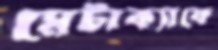
মেটাক্যাফে